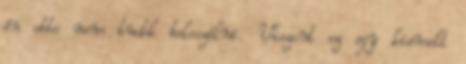
én ebbe nem tudok beleszólni. Viszont ez egy kiemelt